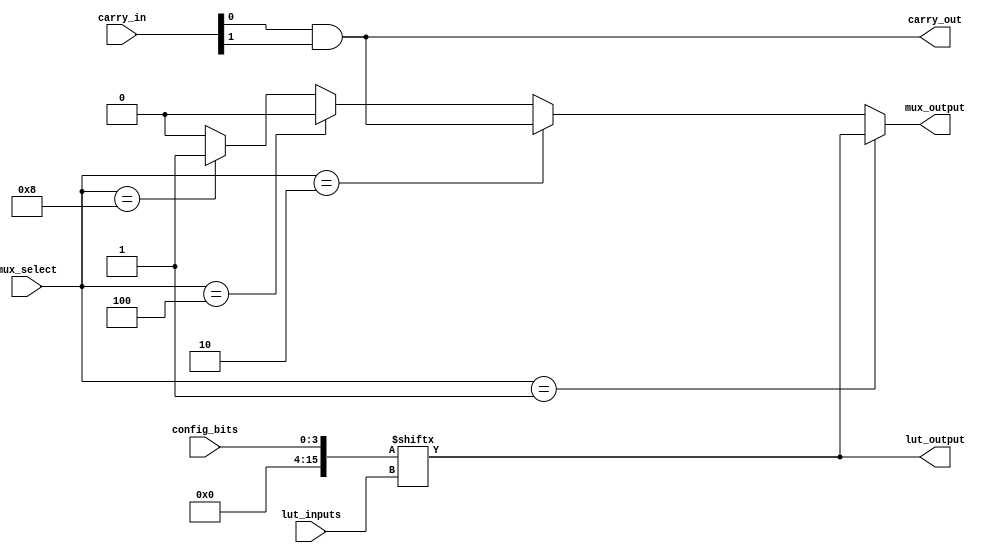
module CLB (
    input wire [3:0] lut_inputs,      // Inputs to the LUT (4 bits for 4-input LUT)
    input wire [3:0] mux_select,       // Select lines for MUX
    input wire [3:0] carry_in,         // Carry input for arithmetic operations
    input wire [3:0] config_bits,      // Configuration bits for LUT
    output wire lut_output,            // Output from the LUT
    output wire mux_output,            // Output from the MUX
    output wire carry_out               // Carry output for arithmetic operations
);

// Lookup Table (LUT) implementation
reg [15:0] lut_memory; // 4-input LUT can have 2^4 = 16 entries
always @(*) begin
    lut_memory = config_bits; // Load configuration bits into LUT memory
end

assign lut_output = lut_memory[lut_inputs]; // LUT output based on inputs

// Multiplexer implementation
assign mux_output = (mux_select == 4'b0001) ? lut_output :
                    (mux_select == 4'b0010) ? carry_out :
                    (mux_select == 4'b0100) ? 1'b0 : // Example: another input
                    (mux_select == 4'b1000) ? 1'b1 : // Example: another input
                    1'b0; // Default output

// Carry Logic (simple example of carry-out)
assign carry_out = carry_in[0] & carry_in[1]; // Example carry logic (AND operation)

// Input/Output Buffers (simplified)
wire [3:0] buffered_inputs;
assign buffered_inputs = lut_inputs; // Buffering inputs (for illustration)

// Interconnects (simplified)
wire [3:0] interconnects;
assign interconnects = buffered_inputs; // Simple interconnect example

endmodule